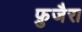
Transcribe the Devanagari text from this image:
फ़ुजैरा